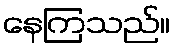
နေကြသည်။